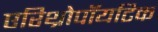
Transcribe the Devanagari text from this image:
एरिथ्रोपॉयटिक